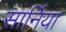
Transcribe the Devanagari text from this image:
सार्निया